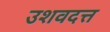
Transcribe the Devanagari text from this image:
उशवदत्त